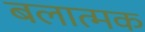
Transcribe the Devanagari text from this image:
बलात्मक